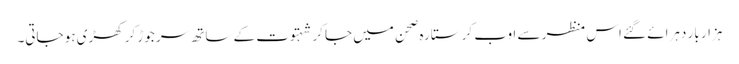
ہزار بار دہرائے گئے اس منظر سے اوب کر ستارہ صحن میں جا کر شہتوت کے ساتھ سر جوڑ کر کھڑی ہو جاتی۔